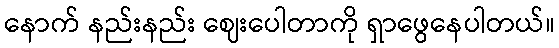
နောက် နည်းနည်း ဈေးပေါတာကို ရှာဖွေနေပါတယ်။